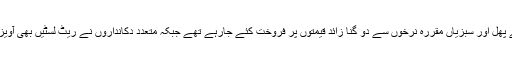
دکانداروں کی جانب سے پھل اور سبزیاں مقررہ نرخوں سے دو گنا زائد قیمتوں پر فروخت کئے جارہے تھے جبکہ متعدد دکانداروں نے ریٹ لسٹیں بھی آویزاں نہیں کر رکھی تھیں ۔